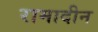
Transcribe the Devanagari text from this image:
रामादीन